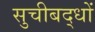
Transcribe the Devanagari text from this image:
सुचीबद्धों